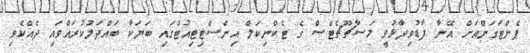
ޕެންޓަގަންއަށް އޭނާ ފާޑުވިދާޅުވީ މަސާޗޫޗެޓްސް ގެ ޓެކްނިކަލް އިންސްޓިޓިއުޓްގައި ބަޔަކާ ބައްދަލުކުރައްވައި ދެއްކެވި